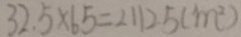
3 2 . 5 \times 6 5 = 2 1 1 2 . 5 ( m ^ { 2 } )